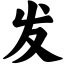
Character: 发